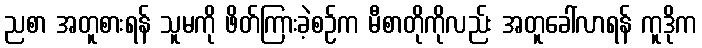
ညစာ အတူစားရန် သူမကို ဖိတ်ကြားခဲ့စဉ်က မီစာတိုကိုလည်း အတူခေါ်လာရန် ကူဒိုက